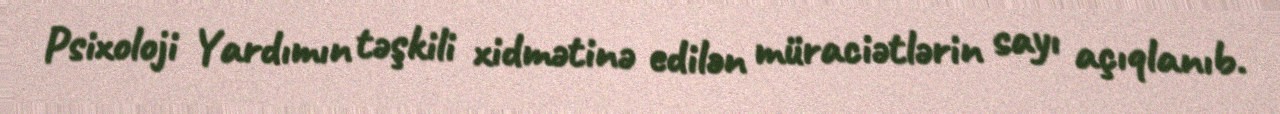
Psixoloji Yardımın təşkili xidmətinə edilən müraciətlərin sayı açıqlanıb.